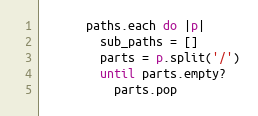
Language: Ruby
      paths.each do |p|
        sub_paths = []
        parts = p.split('/')
        until parts.empty?
          parts.pop